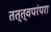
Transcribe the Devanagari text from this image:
तत्त्वपरंपरा